Civil Veterinary Dept. Assam report 1927-50 - 1927-1950
Year: 1927
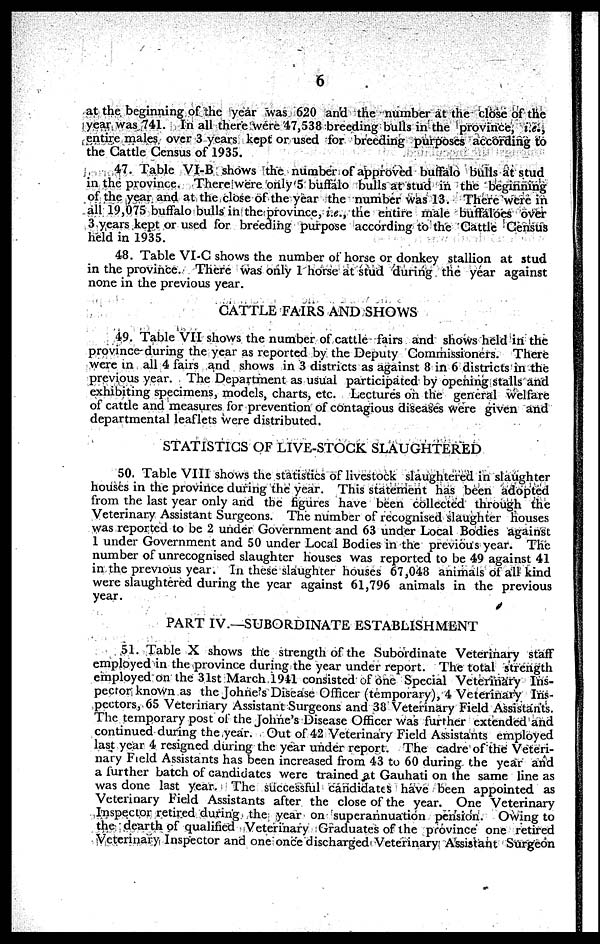
6
at the beginning of the year was 620 and the number at the close of the
year was 741. In all there were 47,538 breeding bulls in the province, i.e.,
entire males over 3 years kept or used for breeding purposes according to
the Cattle Census of 1935.
47. Table VI-B shows the number of approved buffalo bulls at stud
in the province. There were only 5 buffalo bulls at stud in the beginning
of the year and at the close of the year the number was 13. There were in
all 19,075 buffalo bulls in the province, i.e., the entire male buffaloes over
3 years kept or used for breeding purpose according to the Cattle Census
held in 1935.
48. Table VI-C shows the number of horse or donkey stallion at stud
in the province. There was only 1 horse at stud during the year against
none in the previous year.
CATTLE FAIRS AND SHOWS
49. Table VII shows the number of cattle fairs and shows held in the
province during the year as reported by the Deputy Commissioners. There
were in all 4 fairs and shows in 3 districts as against 8 in 6 districts in the
previous year. The Department as usual participated by opening stalls and
exhibiting specimens, models, charts, etc. Lectures on the general welfare
of cattle and measures for prevention of contagious diseases were given and
departmental leaflets were distributed.
STATISTICS OF LIVE-STOCK SLAUGHTERED
50. Table VIII shows the statistics of livestock slaughtered in slaughter
houses in the province during the year. This statement has been adopted
from the last year only and the figures have been collected through the
Veterinary Assistant Surgeons. The number of recognised slaughter houses
was reported to be 2 under Government and 63 under Local Bodies against
1 under Government and 50 under Local Bodies in the previous year. The
number of unrecognised slaughter houses was reported to be 49 against 41
in the previous year. In these slaughter houses 67,048 animals of all kind
were slaughtered during the year against 61,796 animals in the previous
year.
PART IV.—SUBORDINATE ESTABLISHMENT
51. Table X shows the strength of the Subordinate Veterinary staff
employed in the province during the year under report. The total strength
employed on the 31st March 1941 consisted of one Special Veterinary Ins-
pector known as the Johne's Disease Officer (temporary), 4 Veterinary Ins-
pectors, 65 Veterinary Assistant Surgeons and 38 Veterinary Field Assistants.
The temporary post of the Johne's Disease Officer was further extended and
continued during the year. Out of 42 Veterinary Field Assistants employed
last year 4 resigned during the year under report. The cadre of the Veteri-
nary Field Assistants has been increased from 43 to 60 during the year and
a further batch of candidates were trained at Gauhati on the same line as
was done last year. The successful candidates have been appointed as
Veterinary Field Assistants after the close of the year. One Veterinary
Inspector retired during the year on superannuation pension. Owing to
the dearth of qualified Veterinary Graduates of the province one retired
Veterinary Inspector and one once discharged Veterinary Assistant Surgeon